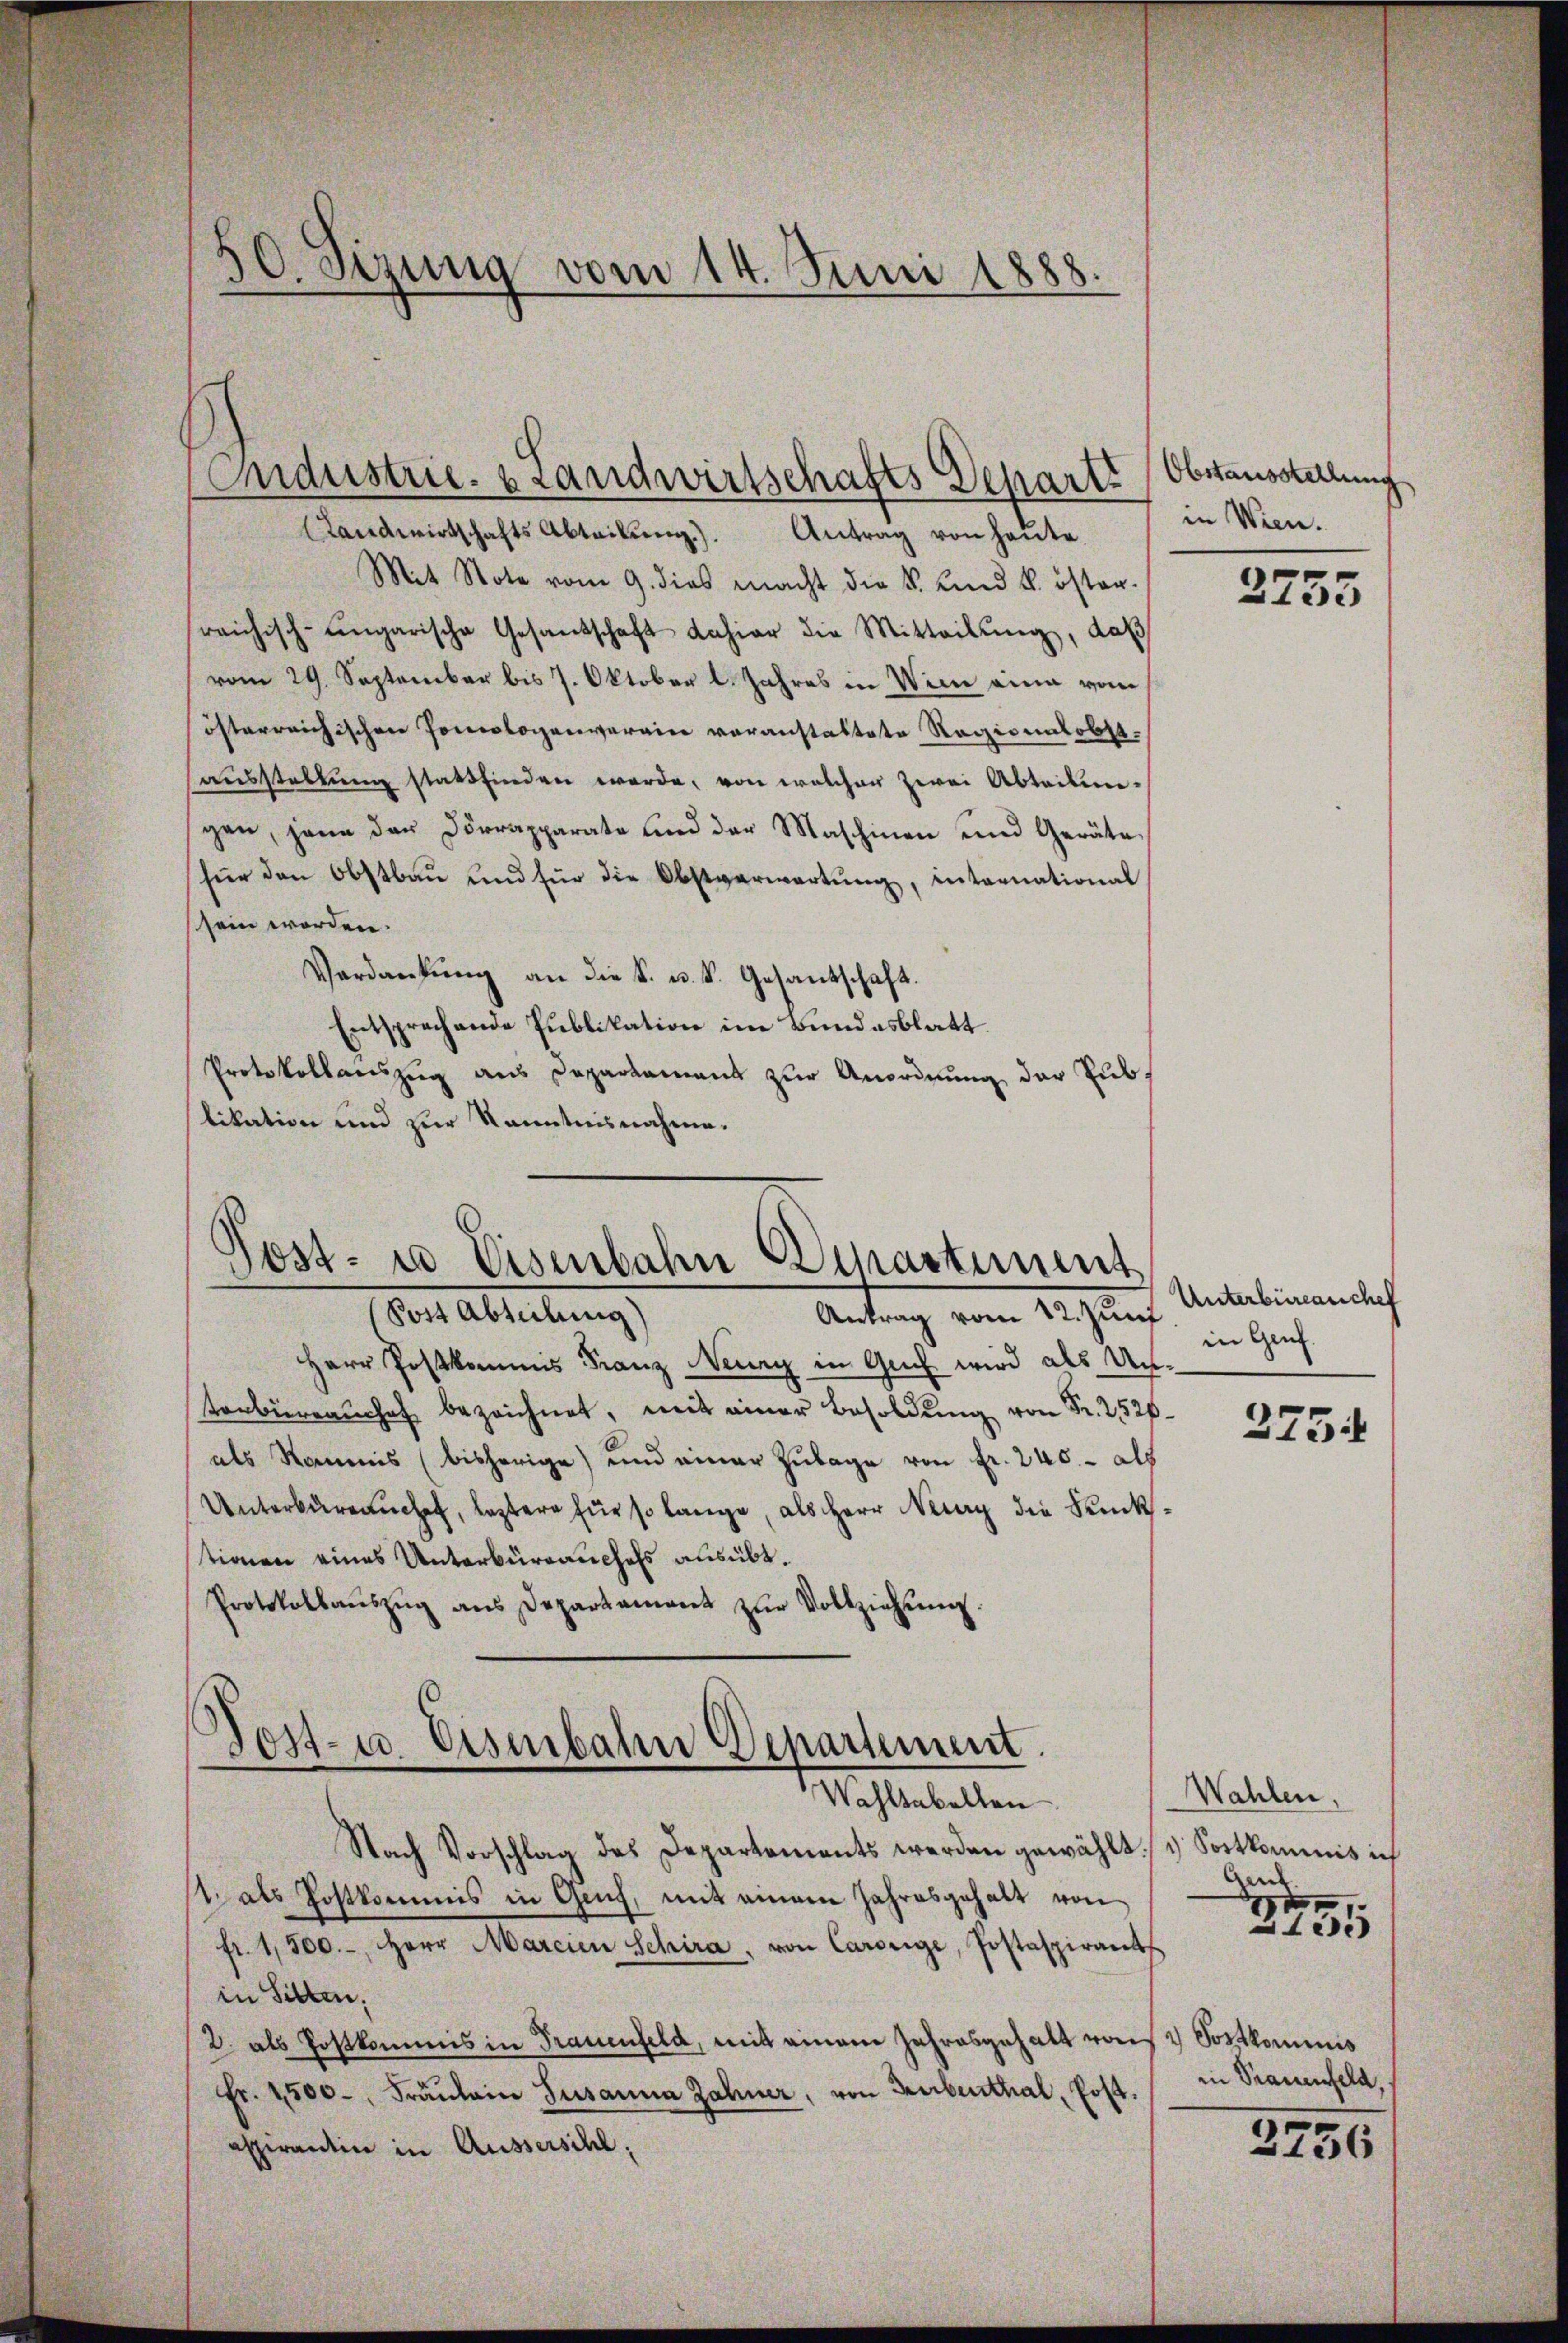
50. Sizung vom 14. Juni 1888.

Ondustrie- & Landwirtschafts Depart
Landwirtschafts Abteilŭng). Antrag von heŭte

Mit Note vom 9. dies macht die k. und k. öster-
reichisch-ungarische Gesandschaft Lahier die Mitteilŭng, daß
vom 29. September bis 7. Oktober l. Jahres in Wien eine vom
österreichischen Pomcologenverain voranstaltete Ragionalobstaŭsstellŭng stattfinden werde, von welcher zwei Abteilungen, jene der Dörrapparate und der Maschinen und Geräte,
für den Obstbau und für die Obstverwartung, international
sein worden.
Verdankŭng an die k. u. S. Gesantschaft.
Entsprechende Publikation im Bundesblatt.
Protokollauszug aus Departament zur Anordnung der Publikation und zur Kenntnisnahme.

Post- u Eisenbahn Departement

Der Abteilung
Antrag vom Regung
Herr Postkommis Franz Neurg in Auch wird als Unterbrache bezeichnet, mit einer Besoldung von Fr. 2526
als Nommnis (bisherige) und einer Zulage von Fr. 240.- als
Unterbuch, leztere für so lange, als Herr Neury die Punktionen eines Unterbürrauchels ausübt.
Protokollaŭszŭg ans Departament zŭr Vollziehŭng.

Sost- u. Eisenbahn Departement.
Wahltabellen

Nach Vorschlag des Departements werden gewählt. Sortkommis ich
1 als Postkommis in Gech, mit einem Jahresgehalt von
fr. 1,500.-, Herr Marcien Schira, von Carrige, Postaspirant
in Sitten.
2. als Postkommis in Trauenfeld, mit einem Jahresgehalt was Postkominis
Fr. 4500. Fräulein Susanna Zahner, von Turbenthal, Post.
aspirantin in Aussersihl,

Obstausstellung
in Wien.

2753

Unterbüreauches
in Genf.

2754

Wahlen,
Gent.
249

in Strauenfeld,
2756